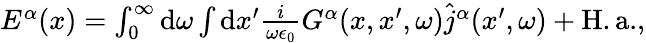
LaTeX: \begin{array}{r}{E^{\alpha}(x)=\int_{0}^{\infty}\mathrm{d}\omega\int\mathrm{d}x^{\prime}\frac{i}{\omega\epsilon_{0}}G^{\alpha}(x,x^{\prime},\omega)\hat{j}^{\alpha}(x^{\prime},\omega)+\mathrm{H.a.},}\end{array}